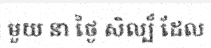
មួយ នា ថ្ងៃ សិល្ប៏ ដែល